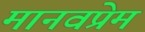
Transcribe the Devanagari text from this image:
मानवप्रेम